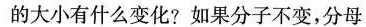
的大小有什么变化?如果分子不变，分母